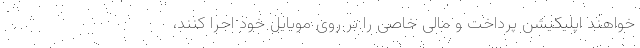
‌خواهند اپلیکیشن پرداخت و مالی خاصی را بر روی موبایل خود اجرا کنند،